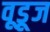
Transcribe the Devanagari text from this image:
वूडूज